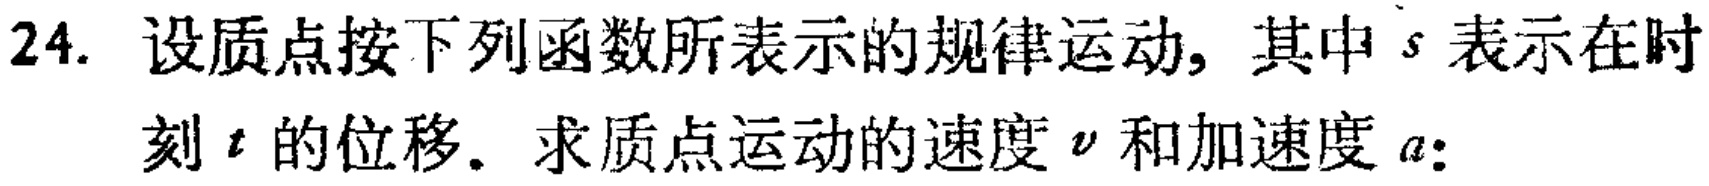
24. 设质点按下列函数所表示的规律运动, 其中 \(s\) 表示在时刻 \(t\) 的位移. 求质点运动的速度 \(v\) 和加速度 \(a\):